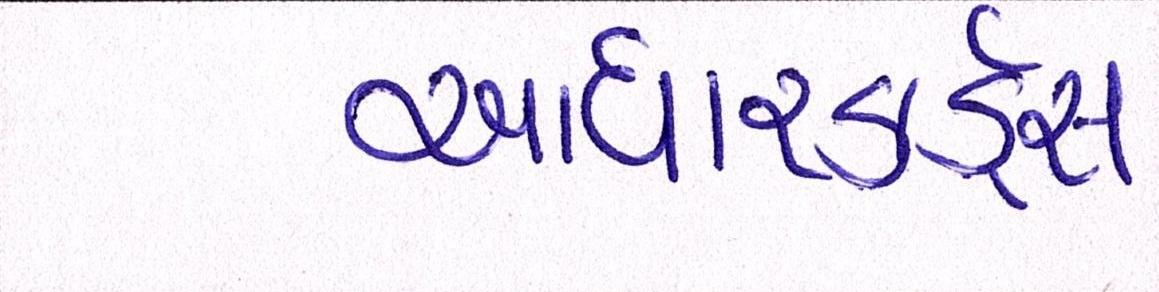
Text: આધારકાર્ડ્સ